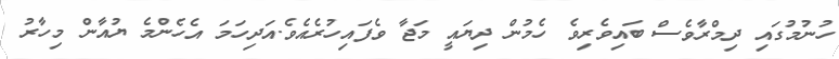
ހުނުމުގައި ދިމްރާވެސް ބައިވެރިވެ ހެމުން ދިޔައީ މަޖާ ވެފައިހުރެއެވެ.އަދިހަމަ އެހެންމެ ޔުއާން މިހާރު